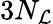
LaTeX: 3N_{\mathcal{L}}